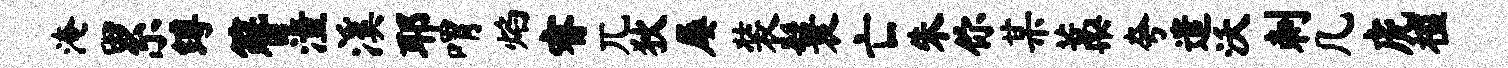
淹累缚簪潼溪耶喟焰睿兀狄屡装鬟亡朱你某藁夸遣沃刺几虎槛